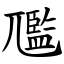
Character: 尶